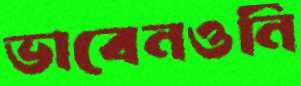
ভাবেনওনি